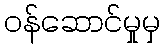
ဝန်ဆောင်မှုမှ